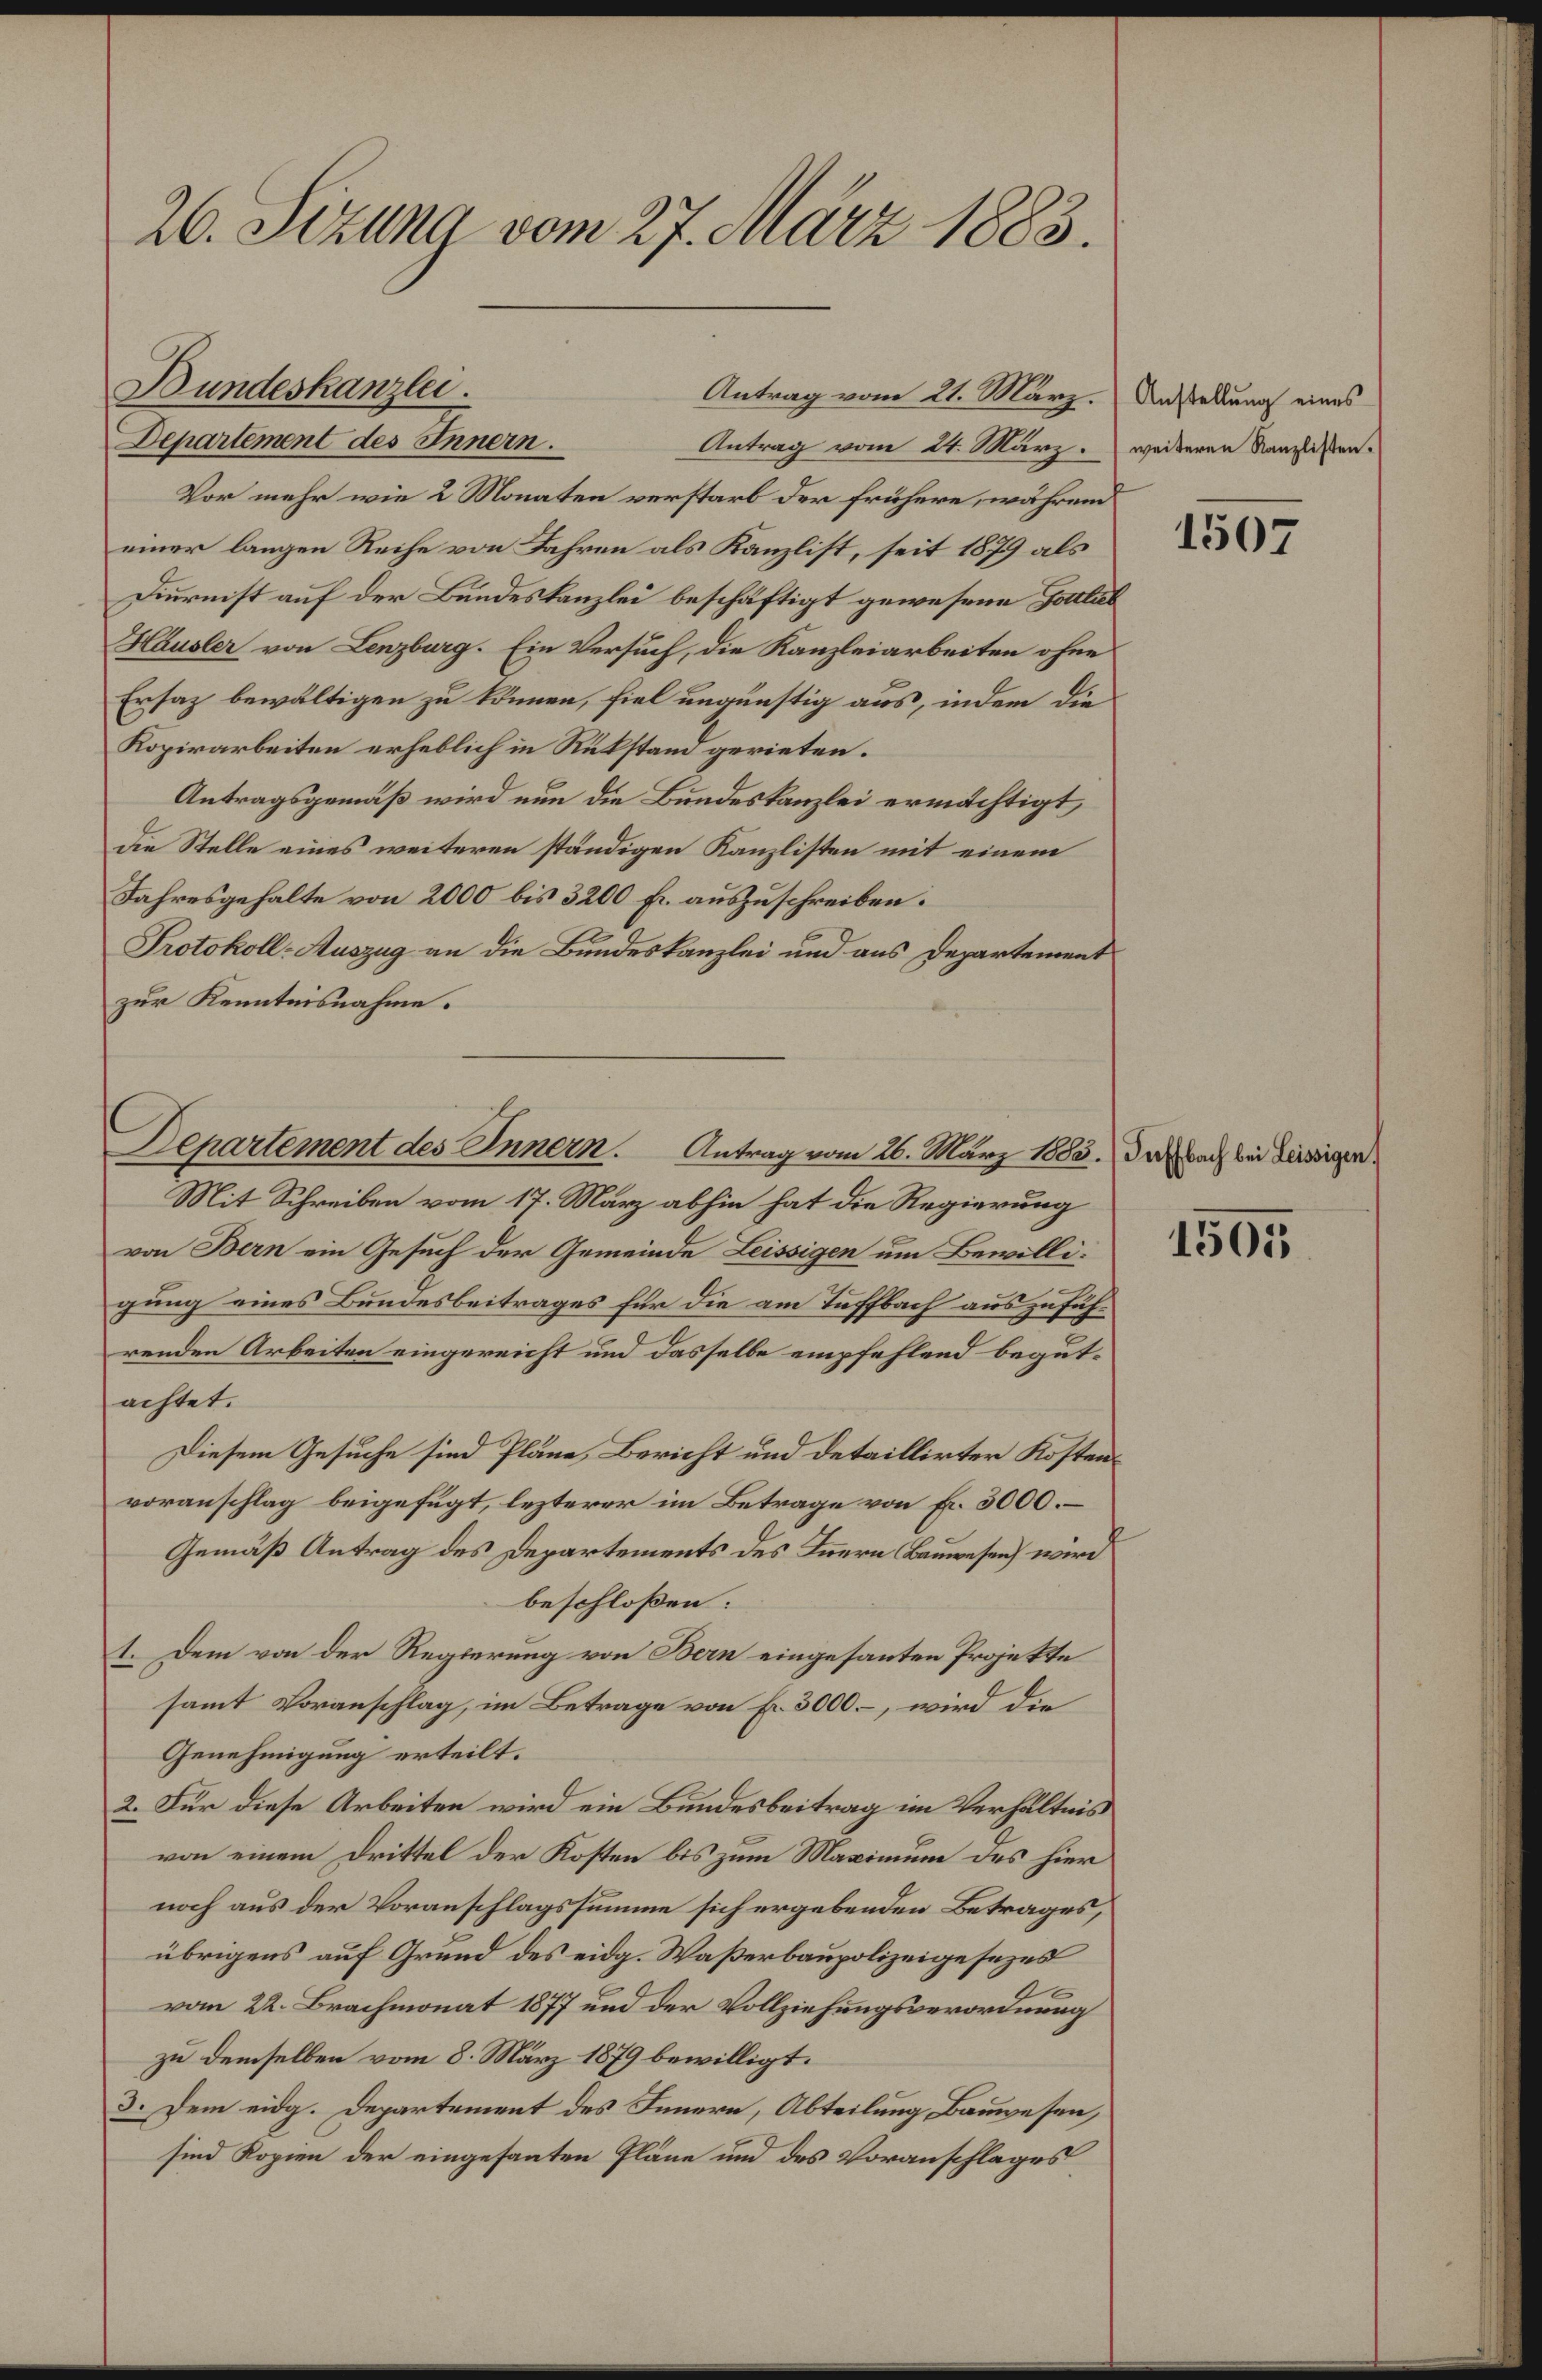
26. Sizung vom 27. März 1883.

Departement des Innern.
Antrag vom 24. März.
Vor mehr wie 2 Monaten verstarb der frühere, währen
einer langen Reihe von Jahren als Kanzlist, seit 1879 als
Diurnist auf der Bundeskanzlei beschäftigt gewesene Foulis
Häusler von Lenzburg. Ein Versuch, die Kanzleiarbeiten ohne
Ersaz bewältigen zu können, fiel ungünstig aus, indem die
Kopirarbeiten erheblich in Rükstand gerieten.
Antragsgemäß wird nun die Bundeskanzlei ermächtigt,
die Stelle eines weiteren ständigen Kanzlisten mit einem
Jahresgehalte von 2000 bis 3200 Fr. auszuschreiben.
Protokoll- Auszug an die Bundeskanzlei und aus Departement
zur Kenntnisnahme.
Mit Schreiben vom 17. März abhin hat die Regierung
von Bern ein Gesuch der Gemeinde Leissigen um Bewilli-
gung eines Bundesbeitrages für die am Tüffbach auszuführenden Arbeiten eingereicht und dasselbe empfehlend begutachtet.
Diesem Gesuche sind Pläne, Bericht und detaillirter Kostenvoranschlag beigefügt, lezterer im Betrage von fr. 3000.
Gemäß Antrag des Departements des Innern Bauwesen wird
beschloßen:
1. Dem von der Regierung von Bern eingesanten Projekte
samt Voranschlag, im Betrage von Fr. 3000. –, wird die
Genehmigung erteilt.
2. Für diese Arbeiten wird ein Bundesbeitrag im Verhältnis
von einem Drittel der Kosten bis zum Maximum des hier
noch aus der Voranschlagssumme sich ergebenden Betrages,
übrigens auf Grund des eidg. Waßerbaupolizeigesezes
e
vom 22. Brachmonat 1877 und der Vollziehungsverordnung
zu demselben vom 8. März 1879 bewilligt.
3. Dem eidg. Departement des Innern, Abteilung Bauwesen,
sind Kopien der eingesanten Pläne und des Voranschlages

Bundeskanzlei.

Antrag vom 21. März.

Departement des Innern. Antrag vom 26. März 1883.

Anstellung eines
weiteren Kanzlisten.

1507

Daffbach bei Leissigen.

1501